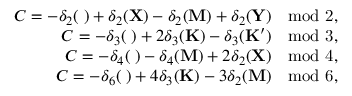
\begin{array} { r } { C = - \delta _ { 2 } ( { \bf \Gamma } ) + \delta _ { 2 } ( { \bf X } ) - \delta _ { 2 } ( { \bf M } ) + \delta _ { 2 } ( { \bf Y } ) \quad \mathrm { m o d ~ 2 } , } \\ { C = - \delta _ { 3 } ( { \bf \Gamma } ) + 2 \delta _ { 3 } ( { \bf K } ) - \delta _ { 3 } ( { \bf K ^ { \prime } } ) \quad \mathrm { m o d ~ 3 } , } \\ { C = - \delta _ { 4 } ( { \bf \Gamma } ) - \delta _ { 4 } ( { \bf M } ) + 2 \delta _ { 2 } ( { \bf X } ) \quad \mathrm { m o d ~ 4 } , } \\ { C = - \delta _ { 6 } ( { \bf \Gamma } ) + 4 \delta _ { 3 } ( { \bf K } ) - 3 \delta _ { 2 } ( { \bf M } ) \quad \mathrm { m o d ~ 6 } , } \end{array}